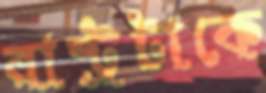
রাষ্ট্রটাকে